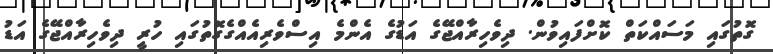
ގޮތުގައި މަސައްކަތް ކޮށްފައިވުން. ދިވެހިރާއްޖޭގެ އަޑުގެ އެންމެ އިސްވެރިއެއްގެގޮތުގައި ހުރީ ދިވެހިރާއްޖޭގެ އަޑު